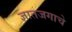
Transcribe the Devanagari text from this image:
ज्ञातजगाचे